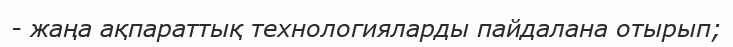
- жаңа ақпараттық технологияларды пайдалана отырып;